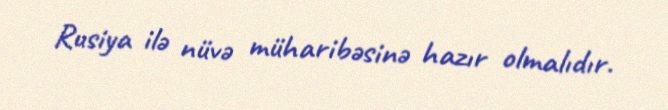
Rusiya ilə nüvə müharibəsinə hazır olmalıdır.